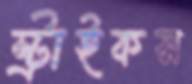
স্ট্রাইকস